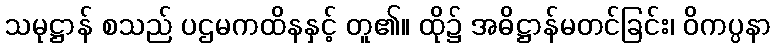
သမုဋ္ဌာန် စသည် ပဌမကထိနနှင့် တူ၏။ ထို၌ အဓိဋ္ဌာန်မတင်ခြင်း၊ ဝိကပ္ပနာ